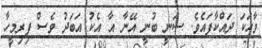
ވާހަކަ ދައްކާފައެވެ. ސަނީ ބުނީ އޭނާ އާ އެކު އަބަދު ވެސް ފިރިމީހާ